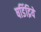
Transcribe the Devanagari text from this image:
षडिंद्रियें